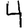
Digit: 4